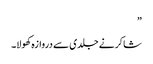
”
شاکر نے جلدی سے دروازہ کھولا۔